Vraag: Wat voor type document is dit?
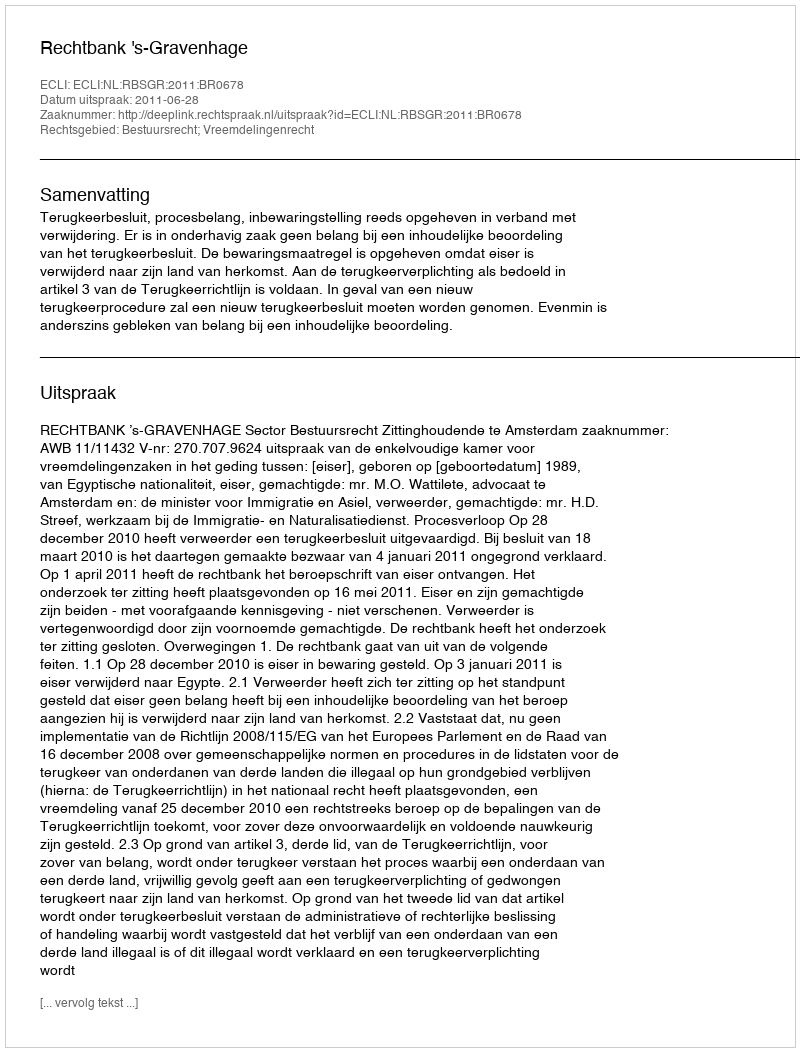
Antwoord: Uitspraak